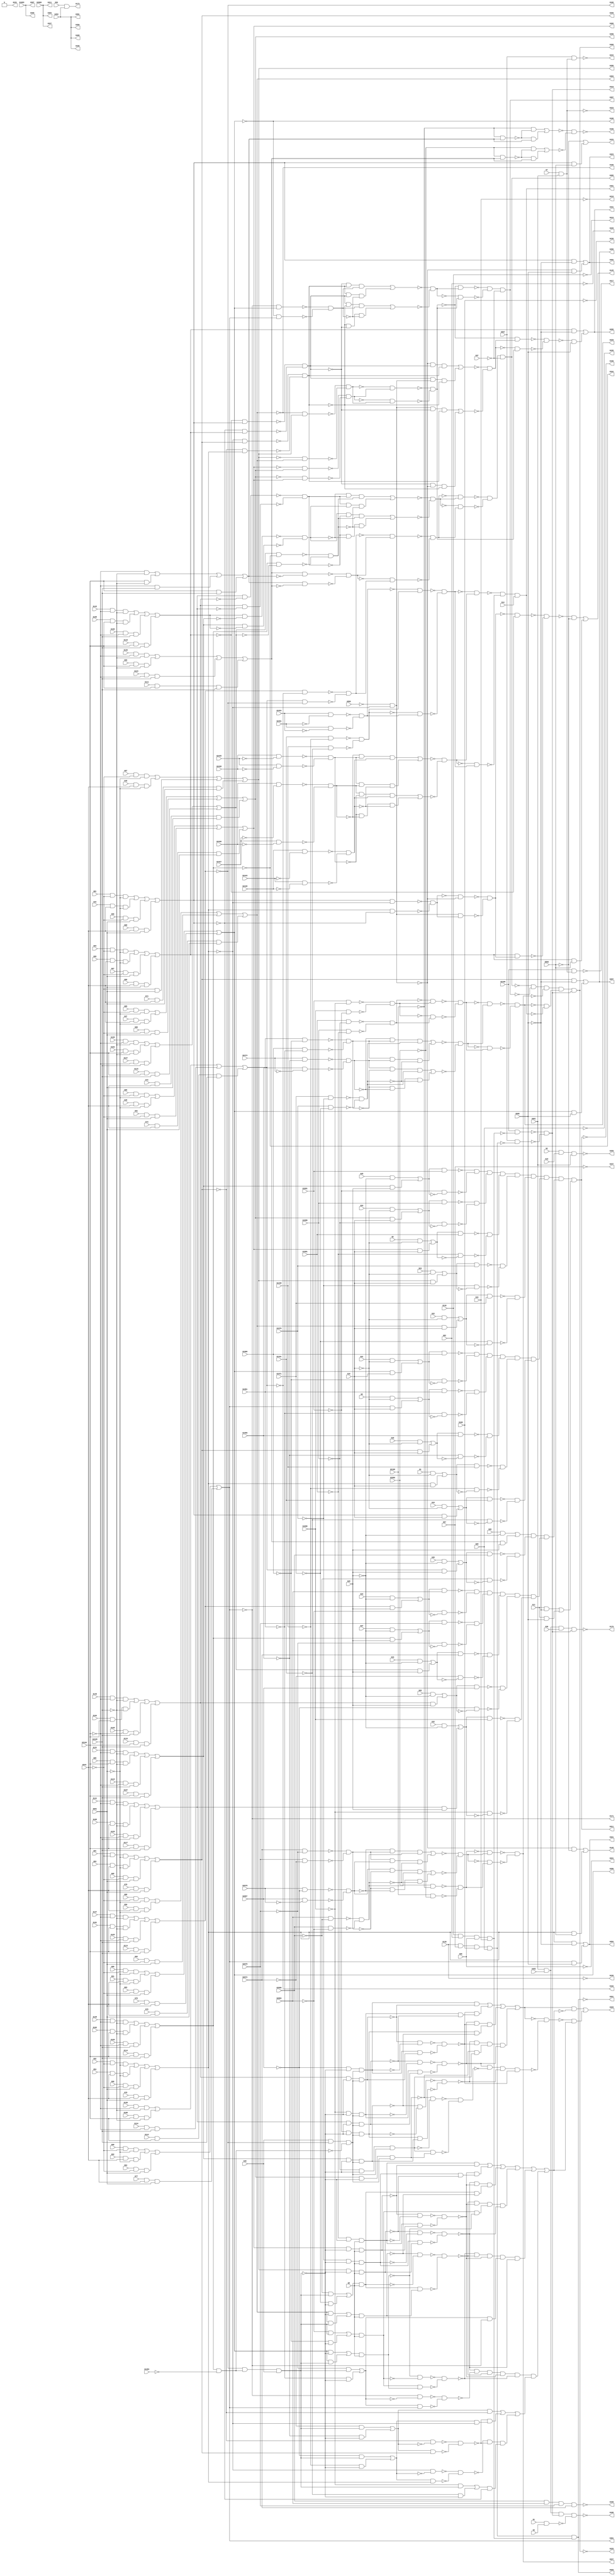
// Verilog File 
module c2670 (G1,G2,G3,G4,G5,G6,G7,G8,G11,
G14,G15,G16,G19,G20,G21,G22,G23,G24,G25,
G26,G27,G28,G29,G32,G33,G34,G35,G36,G37,
G40,G43,G44,G47,G48,G49,G50,G51,G52,G53,
G54,G55,G56,G57,G60,G61,G62,G63,G64,G65,
G66,G67,G68,G69,G72,G73,G74,G75,G76,G77,
G78,G79,G80,G81,G82,G85,G86,G87,G88,G89,
G90,G91,G92,G93,G94,G95,G96,G99,G100,G101,
G102,G103,G104,G105,G106,G107,G108,G111,G112,G113,
G114,G115,G116,G117,G118,G119,G120,G123,G124,G125,
G126,G127,G128,G129,G130,G131,G132,G135,G136,G137,
G138,G139,G140,G141,G142,G452,G483,G543,G559,G567,
G651,G661,G860,G868,G1083,G1341,G1348,G1384,G1956,G1961,
G1966,G1971,G1976,G1981,G1986,G1991,G1996,G2066,G2067,G2072,
G2078,G2084,G2090,G2096,G2100,G2104,G2105,G2106,G2427,G2430,
G2435,G2438,G2443,G2446,G2451,G2454,G2474,G2678,G350,G335,
G409,G369,G367,G411,G337,G384,G218,G219,G220,G221,
G235,G236,G237,G238,G158,G259,G391,G173,G223,G234,
G217,G325,G261,G319,G160,G162,G164,G166,G168,G171,
G153,G176,G188,G299,G301,G286,G303,G288,G305,G290,
G284,G321,G297,G280,G148,G282,G323,G156,G401,G227,
G229,G311,G150,G145,G395,G295,G331,G397,G329,G231,
G308,G225);

input G1,G2,G3,G4,G5,G6,G7,G8,G11,
G14,G15,G16,G19,G20,G21,G22,G23,G24,G25,
G26,G27,G28,G29,G32,G33,G34,G35,G36,G37,
G40,G43,G44,G47,G48,G49,G50,G51,G52,G53,
G54,G55,G56,G57,G60,G61,G62,G63,G64,G65,
G66,G67,G68,G69,G72,G73,G74,G75,G76,G77,
G78,G79,G80,G81,G82,G85,G86,G87,G88,G89,
G90,G91,G92,G93,G94,G95,G96,G99,G100,G101,
G102,G103,G104,G105,G106,G107,G108,G111,G112,G113,
G114,G115,G116,G117,G118,G119,G120,G123,G124,G125,
G126,G127,G128,G129,G130,G131,G132,G135,G136,G137,
G138,G139,G140,G141,G142,G452,G483,G543,G559,G567,
G651,G661,G860,G868,G1083,G1341,G1348,G1384,G1956,G1961,
G1966,G1971,G1976,G1981,G1986,G1991,G1996,G2066,G2067,G2072,
G2078,G2084,G2090,G2096,G2100,G2104,G2105,G2106,G2427,G2430,
G2435,G2438,G2443,G2446,G2451,G2454,G2474,G2678;

output G350,G335,G409,G369,G367,G411,G337,G384,G218,
G219,G220,G221,G235,G236,G237,G238,G158,G259,G391,
G173,G223,G234,G217,G325,G261,G319,G160,G162,G164,
G166,G168,G171,G153,G176,G188,G299,G301,G286,G303,
G288,G305,G290,G284,G321,G297,G280,G148,G282,G323,
G156,G401,G227,G229,G311,G150,G145,G395,G295,G331,
G397,G329,G231,G308,G225;

wire G546,G560,G1385,G157,G547,G258,G480,G486,G654,
G655,G658,G772,G795,G865,G875,G882,G1251,G1254,G1261,
G1284,G1344,G1351,G1394,G1418,G2433,G2434,G2441,G2442,G2449,
G2450,G2478,G1631,G1655,G1710,G1721,G2682,G1955,G1959,G1964,
G1969,G1974,G1979,G1984,G1989,G1994,G1999,G2001,G2012,G2070,
G2076,G2082,G2088,G2094,G2099,G2103,G2457,G2458,G2461,G2464,
G2471,G2479,G2482,G2487,G2490,G2495,G2498,G2505,G2508,G2675,
G2683,G2686,G2691,G2694,G2699,G2702,G487,G1475,G1476,G1484,
G1485,G1493,G1494,G2459,G2460,G216,G1253,G1256,G558,G748,
G784,G807,G821,G825,G829,G833,G837,G881,G994,G1273,
G1296,G1310,G1314,G1318,G1322,G1326,G1406,G1430,G1444,G1448,
G1452,G1456,G1460,G1477,G1486,G1495,G2477,G1499,G2485,G2486,
G2493,G2494,G1643,G1667,G1681,G1685,G1689,G1693,G1697,G1716,
G1728,G2681,G1776,G2689,G2690,G2697,G2698,G1831,G1893,G2007,
G2018,G2467,G2468,G2501,G2502,G2511,G2512,G2518,G2551,G2559,
G2567,G2575,G2583,G2591,G2599,G2607,G2615,G2623,G2705,G2706,
G2735,G2743,G2751,G2759,G2767,G2775,G550,G552,G894,G1498,
G1507,G1508,G1516,G1517,G1775,G1784,G1785,G1793,G1794,G2469,
G2470,G2503,G2504,G2513,G2514,G2707,G2708,G551,G553,G818,
G819,G820,G822,G823,G824,G826,G827,G828,G830,G831,
G832,G834,G835,G836,G1307,G1308,G1309,G1311,G1312,G1313,
G1315,G1316,G1317,G1319,G1320,G1321,G1323,G1324,G1325,G1441,
G1442,G1443,G1445,G1446,G1447,G1449,G1450,G1451,G1453,G1454,
G1455,G1457,G1458,G1459,G1481,G1490,G1500,G1509,G1518,G1521,
G1525,G2557,G2565,G2573,G2581,G2589,G2597,G2605,G2613,G2621,
G2629,G1678,G1679,G1680,G1682,G1683,G1684,G1686,G1687,G1688,
G1690,G1691,G1692,G1694,G1695,G1696,G1734,G1736,G1738,G1740,
G1742,G1744,G1746,G1748,G1750,G1777,G1786,G1795,G2023,G2025,
G2027,G2029,G2031,G2033,G2035,G2037,G2741,G2749,G2757,G2765,
G2773,G2781,G2515,G2522,G2525,G2528,G2730,G554,G838,G841,
G846,G854,G857,G1327,G1329,G1331,G1333,G1335,G1461,G1464,
G1467,G1470,G1473,G1698,G1701,G1704,G1707,G2634,G1504,G1513,
G1524,G1528,G1529,G1533,G1538,G1541,G1781,G1790,G1806,G1810,
G2734,G2521,G2524,G2531,G2532,G144,G147,G152,G175,G187,
G516,G852,G885,G887,G893,G1028,G1031,G1035,G1041,G1049,
G1057,G1060,G1066,G1072,G1078,G1213,G1218,G1250,G1387,G1389,
G1537,G1540,G1735,G1737,G1739,G1741,G1743,G1745,G1747,G1749,
G1751,G2638,G2024,G2026,G2028,G2030,G2032,G2034,G2036,G2038,
G2154,G2523,G2533,G2534,G2631,G2639,G2642,G2647,G2650,G2655,
G2658,G2665,G2668,G1532,G1536,G1539,G1542,G1544,G1547,G2065,
G1809,G1813,G1821,G1824,G2538,G2546,G2554,G2562,G2570,G2578,
G2586,G2594,G2602,G2610,G2618,G2626,G2738,G2746,G2754,G2762,
G2770,G2778,G456,G466,G562,G883,G889,G891,G1043,G1051,
G1062,G1068,G1074,G1080,G1225,G1227,G1232,G1234,G1543,G1546,
G2637,G1753,G2645,G2646,G2653,G2654,G1820,G1823,G2107,G2110,
G2118,G2123,G2151,G2158,G2161,G2164,G2172,G2235,G2262,G2350,
G2535,G2661,G2662,G2671,G2672,G468,G897,G898,G1228,G1235,
G1545,G1548,G2542,G2550,G1561,G2558,G1565,G2566,G1569,G2574,
G1573,G2582,G1577,G2590,G1581,G2598,G1585,G2606,G1589,G2614,
G1593,G2622,G1597,G2630,G1752,G1761,G1762,G1770,G1771,G1822,
G1825,G2039,G2742,G2043,G2750,G2047,G2758,G2051,G2766,G2055,
G2774,G2059,G2782,G2663,G2664,G2673,G2674,G146,G462,G2113,
G2114,G2122,G2129,G592,G2167,G2168,G2176,G2241,G2266,G743,
G749,G886,G995,G1006,G1550,G2354,G2541,G1562,G1566,G1570,
G1574,G1578,G1582,G1586,G1590,G1594,G1598,G1754,G1763,G1772,
G2040,G2044,G2048,G2052,G2056,G2060,G2115,G2126,G2131,G2134,
G2141,G2144,G2157,G2160,G2169,G2177,G2180,G2187,G2190,G2207,
G2254,G2334,G2342,G2422,G2543,G2709,G2712,G2727,G569,G570,
G599,G600,G896,G1549,G1243,G1245,G1257,G1258,G1563,G1567,
G1571,G1575,G1579,G1583,G1587,G1591,G1595,G1599,G2041,G2045,
G2049,G2053,G2057,G2061,G2159,G475,G490,G496,G502,G508,
G765,G769,G571,G2121,G579,G587,G2130,G596,G601,G2175,
G609,G2258,G1014,G1018,G717,G723,G729,G735,G753,G2338,
G999,G1091,G2346,G2426,G1337,G2549,G1552,G1600,G1596,G1592,
G1588,G1584,G1580,G1576,G1572,G1568,G1564,G2062,G2058,G2054,
G2050,G2046,G2042,G1758,G1767,G1798,G1802,G2733,G1829,G2137,
G2138,G2147,G2148,G2183,G2184,G2193,G2194,G2210,G2213,G2715,
G2716,G1094,G1096,G578,G588,G608,G742,G1005,G1092,G1551,
G1554,G1555,G1557,G1558,G1828,G1845,G1907,G2139,G2140,G2149,
G2150,G2185,G2186,G2195,G2196,G2717,G2718,G154,G155,G763,
G767,G531,G537,G575,G580,G589,G605,G610,G1012,G1016,
G705,G711,G1093,G1355,G1553,G1556,G1559,G1601,G1801,G1805,
G1815,G1818,G1830,G1836,G1850,G1898,G1912,G2197,G2200,G2214,
G2215,G2217,G2220,G2722,G492,G498,G504,G510,G519,G525,
G533,G539,G693,G699,G707,G713,G719,G725,G731,G737,
G1560,G1814,G1817,G2216,G493,G499,G505,G511,G521,G527,
G534,G540,G584,G613,G617,G621,G625,G676,G695,G701,
G708,G714,G720,G726,G732,G738,G1087,G1108,G1361,G1369,
G1373,G1377,G1607,G1615,G1619,G1623,G1816,G1819,G2726,G1842,
G1858,G1863,G1866,G1868,G1870,G1872,G1874,G1876,G1904,G1920,
G1925,G1928,G1930,G1932,G1934,G1936,G1938,G2203,G2204,G2223,
G2224,G2238,G522,G528,G696,G702,G1881,G1883,G1885,G1887,
G1889,G1891,G1943,G1945,G1947,G1949,G1951,G1953,G2205,G2206,
G2225,G2226,G2719,G616,G620,G624,G628,G630,G633,G636,
G639,G645,G2242,G675,G1107,G1368,G1371,G1375,G1614,G1617,
G1621,G1856,G1861,G1918,G1923,G2230,G2246,G2270,G2278,G2286,
G2294,G2302,G2310,G2358,G2366,G2374,G2382,G2390,G2398,G629,
G632,G635,G638,G646,G677,G1827,G907,G915,G922,G924,
G937,G946,G1109,G1125,G1133,G1140,G1142,G1155,G1164,G1378,
G1380,G1382,G1624,G1626,G1628,G2725,G1859,G1864,G1921,G1926,
G2267,G2275,G2283,G2291,G2299,G2307,G2318,G2326,G2355,G2363,
G2371,G2379,G2387,G2395,G2406,G2414,G647,G631,G634,G637,
G640,G2234,G2250,G679,G1826,G2274,G2282,G2290,G2298,G2306,
G2314,G1110,G2362,G2370,G2378,G2386,G2394,G2402,G1877,G1879,
G1939,G1941,G143,G671,G674,G686,G2273,G900,G2281,G909,
G2289,G917,G2297,G926,G2305,G929,G2313,G939,G2322,G2330,
G967,G1104,G1106,G2361,G1118,G2369,G1127,G2377,G1135,G2385,
G1144,G2393,G1147,G2401,G1157,G2410,G2418,G1184,G2227,G2243,
G2251,G2259,G2331,G2339,G2347,G2419,G687,G899,G908,G916,
G925,G928,G938,G954,G961,G1117,G1126,G1134,G1143,G1146,
G1156,G1172,G1179,G2315,G2323,G2403,G2411,G2233,G642,G2249,
G649,G2257,G665,G684,G2265,G688,G901,G910,G918,G927,
G930,G940,G2337,G963,G2345,G1099,G1115,G2353,G1119,G1128,
G1136,G1145,G1148,G1158,G2425,G1181,G641,G648,G664,G683,
G2321,G948,G2329,G956,G962,G1098,G1114,G2409,G1166,G2417,
G1174,G1180,G643,G650,G666,G681,G690,G947,G955,G964,
G968,G970,G971,G972,G978,G979,G1100,G1112,G1165,G1173,
G1182,G1185,G1187,G1188,G1189,G1195,G1196,G644,G884,G949,
G957,G969,G973,G1167,G1175,G1186,G1190,G680,G682,G895,
G1025,G1111,G1113,G685,G976,G977,G980,G981,G1116,G1193,
G1194,G1197,G1198,G982,G983,G988,G1027,G1199,G1200,G1205,
G984,G1085,G1201,G987,G990,G1204,G1207,G989,G1206,G991,
G1208,G1221,G1238,G1239,G1240,G1247,G471,G473,G1088,G1089;
buf gate_0(G350,G452);
buf gate_1(G335,G452);
buf gate_2(G409,G452);
and gate_3(G546,G1,G3);
not gate_4(G560,G559);
buf gate_5(G369,G1083);
buf gate_6(G367,G1083);
not gate_7(G1385,G1384);
buf gate_8(G411,G2066);
buf gate_9(G337,G2066);
buf gate_10(G384,G2066);
and gate_11(G157,G2090,G2084,G2078,G2072);
not gate_12(G547,G546);
not gate_13(G218,G44);
not gate_14(G219,G132);
not gate_15(G220,G82);
not gate_16(G221,G96);
not gate_17(G235,G69);
not gate_18(G236,G120);
not gate_19(G237,G57);
not gate_20(G238,G108);
and gate_21(G258,G2,G15,G661);
buf gate_22(G480,G661);
and gate_23(G486,G37,G37);
buf gate_24(G654,G452);
buf gate_25(G655,G8);
buf gate_26(G658,G8);
buf gate_27(G772,G543);
buf gate_28(G795,G651);
not gate_29(G865,G860);
not gate_30(G875,G868);
and gate_31(G882,G11,G868);
and gate_32(G1251,G132,G82,G96,G44);
and gate_33(G1254,G120,G57,G108,G69);
buf gate_34(G1261,G543);
buf gate_35(G1284,G651);
not gate_36(G1344,G1341);
not gate_37(G1351,G1348);
buf gate_38(G1394,G2104);
buf gate_39(G1418,G2105);
not gate_40(G2433,G2427);
not gate_41(G2434,G2430);
not gate_42(G2441,G2435);
not gate_43(G2442,G2438);
not gate_44(G2449,G2443);
not gate_45(G2450,G2446);
not gate_46(G2478,G2474);
buf gate_47(G1631,G2104);
buf gate_48(G1655,G2105);
buf gate_49(G1710,G16);
buf gate_50(G1721,G16);
not gate_51(G2682,G2678);
and gate_52(G1955,G7,G661);
not gate_53(G1959,G1956);
not gate_54(G1964,G1961);
not gate_55(G1969,G1966);
not gate_56(G1974,G1971);
not gate_57(G1979,G1976);
not gate_58(G1984,G1981);
not gate_59(G1989,G1986);
not gate_60(G1994,G1991);
not gate_61(G1999,G1996);
buf gate_62(G2001,G29);
buf gate_63(G2012,G29);
not gate_64(G2070,G2067);
not gate_65(G2076,G2072);
not gate_66(G2082,G2078);
not gate_67(G2088,G2084);
not gate_68(G2094,G2090);
not gate_69(G2099,G2096);
not gate_70(G2103,G2100);
not gate_71(G2457,G2451);
not gate_72(G2458,G2454);
buf gate_73(G2461,G1348);
buf gate_74(G2464,G1341);
buf gate_75(G2471,G1956);
buf gate_76(G2479,G1966);
buf gate_77(G2482,G1961);
buf gate_78(G2487,G1976);
buf gate_79(G2490,G1971);
buf gate_80(G2495,G1986);
buf gate_81(G2498,G1981);
buf gate_82(G2505,G1996);
buf gate_83(G2508,G1991);
buf gate_84(G2675,G2067);
buf gate_85(G2683,G2078);
buf gate_86(G2686,G2072);
buf gate_87(G2691,G2090);
buf gate_88(G2694,G2084);
buf gate_89(G2699,G2100);
buf gate_90(G2702,G2096);
not gate_91(G158,G157);
not gate_92(G259,G258);
not gate_93(G487,G486);
buf gate_94(G391,G654);
nand gate_95(G1475,G2430,G2433);
nand gate_96(G1476,G2427,G2434);
nand gate_97(G1484,G2438,G2441);
nand gate_98(G1485,G2435,G2442);
nand gate_99(G1493,G2446,G2449);
nand gate_100(G1494,G2443,G2450);
nand gate_101(G2459,G2454,G2457);
nand gate_102(G2460,G2451,G2458);
and gate_103(G173,G94,G654);
and gate_104(G216,G2106,G1955);
not gate_105(G223,G1955);
nand gate_106(G234,G567,G1955);
not gate_107(G1253,G1251);
not gate_108(G1256,G1254);
and gate_109(G558,G1254,G1251);
buf gate_110(G748,G655);
not gate_111(G784,G772);
not gate_112(G807,G795);
and gate_113(G821,G80,G772,G795);
and gate_114(G825,G68,G772,G795);
and gate_115(G829,G79,G772,G795);
and gate_116(G833,G78,G772,G795);
and gate_117(G837,G77,G772,G795);
and gate_118(G881,G11,G875);
buf gate_119(G994,G655);
not gate_120(G1273,G1261);
not gate_121(G1296,G1284);
and gate_122(G1310,G76,G1261,G1284);
and gate_123(G1314,G75,G1261,G1284);
and gate_124(G1318,G74,G1261,G1284);
and gate_125(G1322,G73,G1261,G1284);
and gate_126(G1326,G72,G1261,G1284);
not gate_127(G1406,G1394);
not gate_128(G1430,G1418);
and gate_129(G1444,G114,G1394,G1418);
and gate_130(G1448,G113,G1394,G1418);
and gate_131(G1452,G112,G1394,G1418);
and gate_132(G1456,G111,G1394,G1418);
and gate_133(G1460,G1394,G1418);
nand gate_134(G1477,G1475,G1476);
nand gate_135(G1486,G1484,G1485);
nand gate_136(G1495,G1493,G1494);
not gate_137(G2477,G2471);
nand gate_138(G1499,G2471,G2478);
not gate_139(G2485,G2479);
not gate_140(G2486,G2482);
not gate_141(G2493,G2487);
not gate_142(G2494,G2490);
not gate_143(G1643,G1631);
not gate_144(G1667,G1655);
and gate_145(G1681,G118,G1631,G1655);
and gate_146(G1685,G107,G1631,G1655);
and gate_147(G1689,G117,G1631,G1655);
and gate_148(G1693,G116,G1631,G1655);
and gate_149(G1697,G115,G1631,G1655);
not gate_150(G1716,G1710);
not gate_151(G1728,G1721);
not gate_152(G2681,G2675);
nand gate_153(G1776,G2675,G2682);
not gate_154(G2689,G2683);
not gate_155(G2690,G2686);
not gate_156(G2697,G2691);
not gate_157(G2698,G2694);
buf gate_158(G1831,G658);
buf gate_159(G1893,G658);
not gate_160(G2007,G2001);
not gate_161(G2018,G2012);
not gate_162(G2467,G2461);
not gate_163(G2468,G2464);
not gate_164(G2501,G2495);
not gate_165(G2502,G2498);
not gate_166(G2511,G2505);
not gate_167(G2512,G2508);
nand gate_168(G2518,G2459,G2460);
buf gate_169(G2551,G1344);
buf gate_170(G2559,G1351);
buf gate_171(G2567,G1959);
buf gate_172(G2575,G1964);
buf gate_173(G2583,G1969);
buf gate_174(G2591,G1974);
buf gate_175(G2599,G1979);
buf gate_176(G2607,G1984);
buf gate_177(G2615,G1989);
buf gate_178(G2623,G1994);
not gate_179(G2705,G2699);
not gate_180(G2706,G2702);
buf gate_181(G2735,G1999);
buf gate_182(G2743,G2070);
buf gate_183(G2751,G2076);
buf gate_184(G2759,G2082);
buf gate_185(G2767,G2088);
buf gate_186(G2775,G2094);
not gate_187(G217,G216);
and gate_188(G550,G2106,G1253);
and gate_189(G552,G567,G1256);
buf gate_190(G325,G558);
or gate_191(G894,G881,G882);
nand gate_192(G1498,G2474,G2477);
nand gate_193(G1507,G2482,G2485);
nand gate_194(G1508,G2479,G2486);
nand gate_195(G1516,G2490,G2493);
nand gate_196(G1517,G2487,G2494);
nand gate_197(G1775,G2678,G2681);
nand gate_198(G1784,G2686,G2689);
nand gate_199(G1785,G2683,G2690);
nand gate_200(G1793,G2694,G2697);
nand gate_201(G1794,G2691,G2698);
nand gate_202(G2469,G2464,G2467);
nand gate_203(G2470,G2461,G2468);
nand gate_204(G2503,G2498,G2501);
nand gate_205(G2504,G2495,G2502);
nand gate_206(G2513,G2508,G2511);
nand gate_207(G2514,G2505,G2512);
nand gate_208(G2707,G2702,G2705);
nand gate_209(G2708,G2699,G2706);
not gate_210(G261,G558);
not gate_211(G551,G550);
not gate_212(G553,G552);
and gate_213(G818,G93,G784,G807);
and gate_214(G819,G55,G772,G807);
and gate_215(G820,G67,G784,G795);
and gate_216(G822,G81,G784,G807);
and gate_217(G823,G43,G772,G807);
and gate_218(G824,G56,G784,G795);
and gate_219(G826,G92,G784,G807);
and gate_220(G827,G54,G772,G807);
and gate_221(G828,G66,G784,G795);
and gate_222(G830,G91,G784,G807);
and gate_223(G831,G53,G772,G807);
and gate_224(G832,G65,G784,G795);
and gate_225(G834,G90,G784,G807);
and gate_226(G835,G52,G772,G807);
and gate_227(G836,G64,G784,G795);
and gate_228(G1307,G89,G1273,G1296);
and gate_229(G1308,G51,G1261,G1296);
and gate_230(G1309,G63,G1273,G1284);
and gate_231(G1311,G88,G1273,G1296);
and gate_232(G1312,G50,G1261,G1296);
and gate_233(G1313,G62,G1273,G1284);
and gate_234(G1315,G87,G1273,G1296);
and gate_235(G1316,G49,G1261,G1296);
and gate_236(G1317,G1273,G1284);
and gate_237(G1319,G86,G1273,G1296);
and gate_238(G1320,G48,G1261,G1296);
and gate_239(G1321,G61,G1273,G1284);
and gate_240(G1323,G85,G1273,G1296);
and gate_241(G1324,G47,G1261,G1296);
and gate_242(G1325,G60,G1273,G1284);
and gate_243(G1441,G138,G1406,G1430);
and gate_244(G1442,G102,G1394,G1430);
and gate_245(G1443,G126,G1406,G1418);
and gate_246(G1445,G137,G1406,G1430);
and gate_247(G1446,G101,G1394,G1430);
and gate_248(G1447,G125,G1406,G1418);
and gate_249(G1449,G136,G1406,G1430);
and gate_250(G1450,G100,G1394,G1430);
and gate_251(G1451,G124,G1406,G1418);
and gate_252(G1453,G135,G1406,G1430);
and gate_253(G1454,G99,G1394,G1430);
and gate_254(G1455,G123,G1406,G1418);
and gate_255(G1457,G1406,G1430);
and gate_256(G1458,G1394,G1430);
and gate_257(G1459,G1406,G1418);
not gate_258(G1481,G1477);
not gate_259(G1490,G1486);
nand gate_260(G1500,G1498,G1499);
nand gate_261(G1509,G1507,G1508);
nand gate_262(G1518,G1516,G1517);
buf gate_263(G1521,G1495);
buf gate_264(G1525,G1495);
not gate_265(G2557,G2551);
not gate_266(G2565,G2559);
not gate_267(G2573,G2567);
not gate_268(G2581,G2575);
not gate_269(G2589,G2583);
not gate_270(G2597,G2591);
not gate_271(G2605,G2599);
not gate_272(G2613,G2607);
not gate_273(G2621,G2615);
not gate_274(G2629,G2623);
and gate_275(G1678,G142,G1643,G1667);
and gate_276(G1679,G106,G1631,G1667);
and gate_277(G1680,G130,G1643,G1655);
and gate_278(G1682,G131,G1643,G1667);
and gate_279(G1683,G95,G1631,G1667);
and gate_280(G1684,G119,G1643,G1655);
and gate_281(G1686,G141,G1643,G1667);
and gate_282(G1687,G105,G1631,G1667);
and gate_283(G1688,G129,G1643,G1655);
and gate_284(G1690,G140,G1643,G1667);
and gate_285(G1691,G104,G1631,G1667);
and gate_286(G1692,G128,G1643,G1655);
and gate_287(G1694,G139,G1643,G1667);
and gate_288(G1695,G103,G1631,G1667);
and gate_289(G1696,G127,G1643,G1655);
and gate_290(G1734,G19,G1716);
and gate_291(G1736,G4,G1716);
and gate_292(G1738,G20,G1716);
and gate_293(G1740,G5,G1716);
and gate_294(G1742,G21,G1728);
and gate_295(G1744,G22,G1728);
and gate_296(G1746,G23,G1728);
and gate_297(G1748,G6,G1728);
and gate_298(G1750,G24,G1728);
nand gate_299(G1777,G1775,G1776);
nand gate_300(G1786,G1784,G1785);
nand gate_301(G1795,G1793,G1794);
and gate_302(G2023,G25,G2007);
and gate_303(G2025,G32,G2007);
and gate_304(G2027,G26,G2007);
and gate_305(G2029,G33,G2007);
and gate_306(G2031,G27,G2018);
and gate_307(G2033,G34,G2018);
and gate_308(G2035,G35,G2018);
and gate_309(G2037,G28,G2018);
not gate_310(G2741,G2735);
not gate_311(G2749,G2743);
not gate_312(G2757,G2751);
not gate_313(G2765,G2759);
not gate_314(G2773,G2767);
not gate_315(G2781,G2775);
nand gate_316(G2515,G2469,G2470);
not gate_317(G2522,G2518);
nand gate_318(G2525,G2513,G2514);
nand gate_319(G2528,G2503,G2504);
nand gate_320(G2730,G2707,G2708);
and gate_321(G554,G551,G553);
or gate_322(G838,G818,G819,G820,G821);
or gate_323(G841,G822,G823,G824,G825);
or gate_324(G846,G826,G827,G828,G829);
or gate_325(G854,G830,G831,G832,G833);
or gate_326(G857,G834,G835,G836,G837);
or gate_327(G1327,G1307,G1308,G1309,G1310);
or gate_328(G1329,G1311,G1312,G1313,G1314);
or gate_329(G1331,G1315,G1316,G1317,G1318);
or gate_330(G1333,G1319,G1320,G1321,G1322);
or gate_331(G1335,G1323,G1324,G1325,G1326);
or gate_332(G1461,G1441,G1442,G1443,G1444);
or gate_333(G1464,G1445,G1446,G1447,G1448);
or gate_334(G1467,G1449,G1450,G1451,G1452);
or gate_335(G1470,G1453,G1454,G1455,G1456);
or gate_336(G1473,G1457,G1458,G1459,G1460);
or gate_337(G1698,G1682,G1683,G1684,G1685);
or gate_338(G1701,G1686,G1687,G1688,G1689);
or gate_339(G1704,G1690,G1691,G1692,G1693);
or gate_340(G1707,G1694,G1695,G1696,G1697);
or gate_341(G2634,G1678,G1679,G1680,G1681);
buf gate_342(G319,G554);
not gate_343(G1504,G1500);
not gate_344(G1513,G1509);
not gate_345(G1524,G1521);
not gate_346(G1528,G1525);
buf gate_347(G1529,G1518);
buf gate_348(G1533,G1518);
and gate_349(G1538,G1486,G1477,G1521);
and gate_350(G1541,G1490,G1481,G1525);
not gate_351(G1781,G1777);
not gate_352(G1790,G1786);
buf gate_353(G1806,G1795);
buf gate_354(G1810,G1795);
not gate_355(G2734,G2730);
not gate_356(G2521,G2515);
nand gate_357(G2524,G2515,G2522);
not gate_358(G2531,G2525);
not gate_359(G2532,G2528);
and gate_360(G144,G838,G860);
and gate_361(G147,G846,G860);
and gate_362(G152,G841,G860);
not gate_363(G160,G1464);
not gate_364(G162,G1467);
not gate_365(G164,G1461);
not gate_366(G166,G1329);
not gate_367(G168,G1327);
not gate_368(G171,G857);
and gate_369(G175,G480,G483,G36,G554);
and gate_370(G187,G480,G483,G554,G547);
buf gate_371(G516,G838);
not gate_372(G852,G846);
and gate_373(G885,G841,G875);
and gate_374(G887,G846,G875);
and gate_375(G893,G1327,G868);
not gate_376(G1028,G838);
not gate_377(G1031,G841);
not gate_378(G1035,G846);
buf gate_379(G1041,G854);
buf gate_380(G1049,G857);
buf gate_381(G1057,G1327);
buf gate_382(G1060,G1329);
buf gate_383(G1066,G1331);
buf gate_384(G1072,G1333);
buf gate_385(G1078,G1335);
nand gate_386(G1213,G2099,G1470);
nand gate_387(G1218,G2103,G1473);
buf gate_388(G1250,G1704);
and gate_389(G1387,G1461,G1385);
not gate_390(G1389,G1464);
and gate_391(G1537,G1481,G1486,G1524);
and gate_392(G1540,G1477,G1490,G1528);
and gate_393(G1735,G841,G1710);
and gate_394(G1737,G846,G1710);
and gate_395(G1739,G854,G1710);
and gate_396(G1741,G857,G1710);
and gate_397(G1743,G1327,G1721);
and gate_398(G1745,G1329,G1721);
and gate_399(G1747,G1331,G1721);
and gate_400(G1749,G1333,G1721);
and gate_401(G1751,G1335,G1721);
not gate_402(G2638,G2634);
and gate_403(G2024,G1698,G2001);
and gate_404(G2026,G1701,G2001);
and gate_405(G2028,G1704,G2001);
and gate_406(G2030,G1707,G2001);
and gate_407(G2032,G1461,G2012);
and gate_408(G2034,G1464,G2012);
and gate_409(G2036,G1467,G2012);
and gate_410(G2038,G1470,G2012);
buf gate_411(G2154,G841);
nand gate_412(G2523,G2518,G2521);
nand gate_413(G2533,G2528,G2531);
nand gate_414(G2534,G2525,G2532);
buf gate_415(G2631,G1698);
buf gate_416(G2639,G1704);
buf gate_417(G2642,G1701);
buf gate_418(G2647,G1461);
buf gate_419(G2650,G1707);
buf gate_420(G2655,G1467);
buf gate_421(G2658,G1464);
buf gate_422(G2665,G1473);
buf gate_423(G2668,G1470);
or gate_424(G153,G865,G152);
not gate_425(G176,G175);
not gate_426(G188,G187);
buf gate_427(G299,G1041);
buf gate_428(G301,G1049);
buf gate_429(G286,G1057);
buf gate_430(G303,G1060);
buf gate_431(G288,G1066);
buf gate_432(G305,G1072);
buf gate_433(G290,G1078);
not gate_434(G1532,G1529);
not gate_435(G1536,G1533);
nor gate_436(G1539,G1537,G1538);
nor gate_437(G1542,G1540,G1541);
and gate_438(G1544,G1509,G1500,G1529);
and gate_439(G1547,G1513,G1504,G1533);
or gate_440(G2065,G2037,G2038);
not gate_441(G1809,G1806);
not gate_442(G1813,G1810);
and gate_443(G1821,G1786,G1777,G1806);
and gate_444(G1824,G1790,G1781,G1810);
nand gate_445(G2538,G2523,G2524);
nand gate_446(G2546,G2533,G2534);
or gate_447(G2554,G1734,G1735);
or gate_448(G2562,G1736,G1737);
or gate_449(G2570,G1738,G1739);
or gate_450(G2578,G1740,G1741);
or gate_451(G2586,G1742,G1743);
or gate_452(G2594,G1744,G1745);
or gate_453(G2602,G1746,G1747);
or gate_454(G2610,G1748,G1749);
or gate_455(G2618,G1750,G1751);
or gate_456(G2626,G2023,G2024);
or gate_457(G2738,G2025,G2026);
or gate_458(G2746,G2027,G2028);
or gate_459(G2754,G2029,G2030);
or gate_460(G2762,G2031,G2032);
or gate_461(G2770,G2033,G2034);
or gate_462(G2778,G2035,G2036);
and gate_463(G456,G1389,G1387,G40);
not gate_464(G466,G1387);
nand gate_465(G562,G560,G852);
and gate_466(G883,G516,G875);
and gate_467(G889,G1049,G868);
and gate_468(G891,G1041,G875);
not gate_469(G1043,G1041);
not gate_470(G1051,G1049);
not gate_471(G1062,G1060);
not gate_472(G1068,G1066);
not gate_473(G1074,G1072);
not gate_474(G1080,G1078);
and gate_475(G1225,G2099,G1213);
and gate_476(G1227,G1213,G1470);
and gate_477(G1232,G2103,G1218);
and gate_478(G1234,G1218,G1473);
and gate_479(G1543,G1504,G1509,G1532);
and gate_480(G1546,G1500,G1513,G1536);
not gate_481(G2637,G2631);
nand gate_482(G1753,G2631,G2638);
not gate_483(G2645,G2639);
not gate_484(G2646,G2642);
not gate_485(G2653,G2647);
not gate_486(G2654,G2650);
and gate_487(G1820,G1781,G1786,G1809);
and gate_488(G1823,G1777,G1790,G1813);
buf gate_489(G2107,G1031);
buf gate_490(G2110,G1028);
buf gate_491(G2118,G1035);
not gate_492(G2123,G1057);
not gate_493(G2151,G852);
not gate_494(G2158,G2154);
buf gate_495(G2161,G1031);
buf gate_496(G2164,G1028);
buf gate_497(G2172,G1035);
buf gate_498(G2235,G516);
buf gate_499(G2262,G1035);
buf gate_500(G2350,G1035);
nand gate_501(G2535,G1542,G1539);
not gate_502(G2661,G2655);
not gate_503(G2662,G2658);
not gate_504(G2671,G2665);
not gate_505(G2672,G2668);
and gate_506(G468,G40,G1389,G466);
or gate_507(G897,G887,G889);
or gate_508(G898,G891,G893);
or gate_509(G1228,G1225,G1227);
or gate_510(G1235,G1232,G1234);
nor gate_511(G1545,G1543,G1544);
nor gate_512(G1548,G1546,G1547);
not gate_513(G2542,G2538);
not gate_514(G2550,G2546);
nand gate_515(G1561,G2554,G2557);
not gate_516(G2558,G2554);
nand gate_517(G1565,G2562,G2565);
not gate_518(G2566,G2562);
nand gate_519(G1569,G2570,G2573);
not gate_520(G2574,G2570);
nand gate_521(G1573,G2578,G2581);
not gate_522(G2582,G2578);
nand gate_523(G1577,G2586,G2589);
not gate_524(G2590,G2586);
nand gate_525(G1581,G2594,G2597);
not gate_526(G2598,G2594);
nand gate_527(G1585,G2602,G2605);
not gate_528(G2606,G2602);
nand gate_529(G1589,G2610,G2613);
not gate_530(G2614,G2610);
nand gate_531(G1593,G2618,G2621);
not gate_532(G2622,G2618);
nand gate_533(G1597,G2626,G2629);
not gate_534(G2630,G2626);
nand gate_535(G1752,G2634,G2637);
nand gate_536(G1761,G2642,G2645);
nand gate_537(G1762,G2639,G2646);
nand gate_538(G1770,G2650,G2653);
nand gate_539(G1771,G2647,G2654);
nor gate_540(G1822,G1820,G1821);
nor gate_541(G1825,G1823,G1824);
nand gate_542(G2039,G2738,G2741);
not gate_543(G2742,G2738);
nand gate_544(G2043,G2746,G2749);
not gate_545(G2750,G2746);
nand gate_546(G2047,G2754,G2757);
not gate_547(G2758,G2754);
nand gate_548(G2051,G2762,G2765);
not gate_549(G2766,G2762);
nand gate_550(G2055,G2770,G2773);
not gate_551(G2774,G2770);
nand gate_552(G2059,G2778,G2781);
not gate_553(G2782,G2778);
nand gate_554(G2663,G2658,G2661);
nand gate_555(G2664,G2655,G2662);
nand gate_556(G2673,G2668,G2671);
nand gate_557(G2674,G2665,G2672);
and gate_558(G146,G562,G865);
not gate_559(G462,G456);
not gate_560(G2113,G2107);
not gate_561(G2114,G2110);
not gate_562(G2122,G2118);
not gate_563(G2129,G2123);
buf gate_564(G592,G562);
not gate_565(G2167,G2161);
not gate_566(G2168,G2164);
not gate_567(G2176,G2172);
not gate_568(G2241,G2235);
not gate_569(G2266,G2262);
not gate_570(G743,G456);
buf gate_571(G749,G456);
and gate_572(G886,G562,G868);
buf gate_573(G284,G897);
buf gate_574(G321,G897);
buf gate_575(G297,G898);
buf gate_576(G280,G898);
buf gate_577(G995,G456);
not gate_578(G1006,G456);
nand gate_579(G1550,G2535,G2542);
not gate_580(G2354,G2350);
not gate_581(G2541,G2535);
nand gate_582(G1562,G2551,G2558);
nand gate_583(G1566,G2559,G2566);
nand gate_584(G1570,G2567,G2574);
nand gate_585(G1574,G2575,G2582);
nand gate_586(G1578,G2583,G2590);
nand gate_587(G1582,G2591,G2598);
nand gate_588(G1586,G2599,G2606);
nand gate_589(G1590,G2607,G2614);
nand gate_590(G1594,G2615,G2622);
nand gate_591(G1598,G2623,G2630);
nand gate_592(G1754,G1752,G1753);
nand gate_593(G1763,G1761,G1762);
nand gate_594(G1772,G1770,G1771);
nand gate_595(G2040,G2735,G2742);
nand gate_596(G2044,G2743,G2750);
nand gate_597(G2048,G2751,G2758);
nand gate_598(G2052,G2759,G2766);
nand gate_599(G2056,G2767,G2774);
nand gate_600(G2060,G2775,G2782);
buf gate_601(G2115,G1043);
buf gate_602(G2126,G1051);
buf gate_603(G2131,G1068);
buf gate_604(G2134,G1062);
buf gate_605(G2141,G1080);
buf gate_606(G2144,G1074);
not gate_607(G2157,G2151);
nand gate_608(G2160,G2151,G2158);
buf gate_609(G2169,G1043);
buf gate_610(G2177,G1068);
buf gate_611(G2180,G1062);
buf gate_612(G2187,G1080);
buf gate_613(G2190,G1074);
not gate_614(G2207,G562);
buf gate_615(G2254,G1043);
buf gate_616(G2334,G1051);
buf gate_617(G2342,G1043);
buf gate_618(G2422,G1051);
nand gate_619(G2543,G1548,G1545);
nand gate_620(G2709,G2673,G2674);
nand gate_621(G2712,G2663,G2664);
nand gate_622(G2727,G1825,G1822);
or gate_623(G148,G146,G147);
nand gate_624(G569,G2110,G2113);
nand gate_625(G570,G2107,G2114);
nand gate_626(G599,G2164,G2167);
nand gate_627(G600,G2161,G2168);
or gate_628(G896,G885,G886);
nand gate_629(G1549,G2538,G2541);
not gate_630(G1243,G1228);
not gate_631(G1245,G1235);
buf gate_632(G1257,G468);
buf gate_633(G1258,G468);
nand gate_634(G1563,G1561,G1562);
nand gate_635(G1567,G1565,G1566);
nand gate_636(G1571,G1569,G1570);
nand gate_637(G1575,G1573,G1574);
nand gate_638(G1579,G1577,G1578);
nand gate_639(G1583,G1581,G1582);
nand gate_640(G1587,G1585,G1586);
nand gate_641(G1591,G1589,G1590);
nand gate_642(G1595,G1593,G1594);
nand gate_643(G1599,G1597,G1598);
nand gate_644(G2041,G2039,G2040);
nand gate_645(G2045,G2043,G2044);
nand gate_646(G2049,G2047,G2048);
nand gate_647(G2053,G2051,G2052);
nand gate_648(G2057,G2055,G2056);
nand gate_649(G2061,G2059,G2060);
nand gate_650(G2159,G2154,G2157);
buf gate_651(G475,G462);
and gate_652(G490,G1078,G743);
and gate_653(G496,G1698,G743);
and gate_654(G502,G1701,G743);
and gate_655(G508,G1250,G743);
and gate_656(G765,G1057,G749);
and gate_657(G769,G1060,G749);
nand gate_658(G571,G569,G570);
not gate_659(G2121,G2115);
nand gate_660(G579,G2115,G2122);
nand gate_661(G587,G2126,G2129);
not gate_662(G2130,G2126);
not gate_663(G596,G592);
nand gate_664(G601,G599,G600);
not gate_665(G2175,G2169);
nand gate_666(G609,G2169,G2176);
not gate_667(G2258,G2254);
and gate_668(G1014,G1057,G995);
and gate_669(G1018,G1060,G995);
and gate_670(G717,G1078,G1006);
and gate_671(G723,G1698,G1006);
and gate_672(G729,G1701,G1006);
and gate_673(G735,G1250,G1006);
not gate_674(G753,G749);
buf gate_675(G282,G896);
buf gate_676(G323,G896);
not gate_677(G2338,G2334);
not gate_678(G999,G995);
nand gate_679(G1091,G1549,G1550);
not gate_680(G2346,G2342);
not gate_681(G2426,G2422);
buf gate_682(G1337,G462);
not gate_683(G2549,G2543);
nand gate_684(G1552,G2543,G2550);
not gate_685(G1600,G1599);
not gate_686(G1596,G1595);
not gate_687(G1592,G1591);
not gate_688(G1588,G1587);
not gate_689(G1584,G1583);
not gate_690(G1580,G1579);
not gate_691(G1576,G1575);
not gate_692(G1572,G1571);
not gate_693(G1568,G1567);
not gate_694(G1564,G1563);
not gate_695(G2062,G2061);
not gate_696(G2058,G2057);
not gate_697(G2054,G2053);
not gate_698(G2050,G2049);
not gate_699(G2046,G2045);
not gate_700(G2042,G2041);
not gate_701(G1758,G1754);
not gate_702(G1767,G1763);
buf gate_703(G1798,G1772);
buf gate_704(G1802,G1772);
not gate_705(G2733,G2727);
nand gate_706(G1829,G2727,G2734);
not gate_707(G2137,G2131);
not gate_708(G2138,G2134);
not gate_709(G2147,G2141);
not gate_710(G2148,G2144);
not gate_711(G2183,G2177);
not gate_712(G2184,G2180);
not gate_713(G2193,G2187);
not gate_714(G2194,G2190);
nand gate_715(G2210,G2159,G2160);
not gate_716(G2213,G2207);
not gate_717(G2715,G2709);
not gate_718(G2716,G2712);
and gate_719(G1094,G1235,G1245);
and gate_720(G1096,G1228,G1243);
nand gate_721(G578,G2118,G2121);
nand gate_722(G588,G2123,G2130);
nand gate_723(G608,G2172,G2175);
buf gate_724(G742,G1257);
buf gate_725(G1005,G1257);
not gate_726(G1092,G1091);
nand gate_727(G1551,G2546,G2549);
and gate_728(G1554,G1600,G1596,G1592,G1588,G1584);
and gate_729(G1555,G1580,G1576,G1572,G1568,G1564);
and gate_730(G1557,G2065,G2062);
and gate_731(G1558,G2058,G2054,G2050,G2046,G2042);
nand gate_732(G1828,G2730,G2733);
buf gate_733(G1845,G1258);
buf gate_734(G1907,G1258);
nand gate_735(G2139,G2134,G2137);
nand gate_736(G2140,G2131,G2138);
nand gate_737(G2149,G2144,G2147);
nand gate_738(G2150,G2141,G2148);
nand gate_739(G2185,G2180,G2183);
nand gate_740(G2186,G2177,G2184);
nand gate_741(G2195,G2190,G2193);
nand gate_742(G2196,G2187,G2194);
nand gate_743(G2717,G2712,G2715);
nand gate_744(G2718,G2709,G2716);
or gate_745(G154,G1094,G1245);
or gate_746(G155,G1096,G1243);
and gate_747(G763,G1057,G753);
and gate_748(G767,G1060,G753);
and gate_749(G531,G1066,G753);
and gate_750(G537,G1072,G753);
not gate_751(G575,G571);
nand gate_752(G580,G578,G579);
nand gate_753(G589,G587,G588);
not gate_754(G605,G601);
nand gate_755(G610,G608,G609);
and gate_756(G1012,G1057,G999);
and gate_757(G1016,G1060,G999);
and gate_758(G705,G1066,G999);
and gate_759(G711,G1072,G999);
and gate_760(G1093,G1092,G14);
buf gate_761(G1355,G475);
nand gate_762(G1553,G1551,G1552);
and gate_763(G1556,G1554,G1555);
and gate_764(G1559,G1557,G1558);
buf gate_765(G1601,G1337);
not gate_766(G1801,G1798);
not gate_767(G1805,G1802);
and gate_768(G1815,G1763,G1754,G1798);
and gate_769(G1818,G1767,G1758,G1802);
nand gate_770(G1830,G1828,G1829);
buf gate_771(G1836,G475);
buf gate_772(G1850,G475);
buf gate_773(G1898,G1337);
buf gate_774(G1912,G1337);
nand gate_775(G2197,G2149,G2150);
nand gate_776(G2200,G2139,G2140);
not gate_777(G2214,G2210);
nand gate_778(G2215,G2210,G2213);
nand gate_779(G2217,G2195,G2196);
nand gate_780(G2220,G2185,G2186);
nand gate_781(G2722,G2717,G2718);
nand gate_782(G156,G154,G155);
and gate_783(G492,G490,G742);
and gate_784(G498,G496,G742);
and gate_785(G504,G502,G742);
and gate_786(G510,G508,G742);
or gate_787(G519,G763,G765);
or gate_788(G525,G767,G769);
and gate_789(G533,G531,G748);
and gate_790(G539,G537,G748);
or gate_791(G693,G1012,G1014);
or gate_792(G699,G1016,G1018);
and gate_793(G707,G705,G994);
and gate_794(G713,G711,G994);
and gate_795(G719,G717,G1005);
and gate_796(G725,G723,G1005);
and gate_797(G731,G729,G1005);
and gate_798(G737,G735,G1005);
buf gate_799(G401,G1093);
and gate_800(G1560,G1556,G1559,G894);
and gate_801(G1814,G1758,G1763,G1801);
and gate_802(G1817,G1754,G1767,G1805);
nand gate_803(G2216,G2207,G2214);
not gate_804(G227,G1830);
not gate_805(G229,G1553);
not gate_806(G493,G492);
not gate_807(G499,G498);
not gate_808(G505,G504);
not gate_809(G511,G510);
and gate_810(G521,G519,G748);
and gate_811(G527,G525,G748);
not gate_812(G534,G533);
not gate_813(G540,G539);
not gate_814(G584,G580);
buf gate_815(G613,G589);
buf gate_816(G617,G589);
buf gate_817(G621,G610);
buf gate_818(G625,G610);
and gate_819(G676,G1344,G1355);
and gate_820(G695,G693,G994);
and gate_821(G701,G699,G994);
not gate_822(G708,G707);
not gate_823(G714,G713);
not gate_824(G720,G719);
not gate_825(G726,G725);
not gate_826(G732,G731);
not gate_827(G738,G737);
not gate_828(G1087,G1093);
and gate_829(G1108,G1344,G1601);
not gate_830(G1361,G1355);
and gate_831(G1369,G1351,G1355);
and gate_832(G1373,G1959,G1355);
and gate_833(G1377,G1964,G1355);
buf gate_834(G311,G1560);
not gate_835(G1607,G1601);
and gate_836(G1615,G1351,G1601);
and gate_837(G1619,G1959,G1601);
and gate_838(G1623,G1964,G1601);
nor gate_839(G1816,G1814,G1815);
nor gate_840(G1819,G1817,G1818);
not gate_841(G2726,G2722);
not gate_842(G1842,G1836);
and gate_843(G1858,G1969,G1836);
and gate_844(G1863,G1974,G1836);
and gate_845(G1866,G1979,G1836);
and gate_846(G1868,G1984,G1836);
and gate_847(G1870,G1989,G1850);
and gate_848(G1872,G1994,G1850);
and gate_849(G1874,G1999,G1850);
and gate_850(G1876,G2070,G1850);
not gate_851(G1904,G1898);
and gate_852(G1920,G1969,G1898);
and gate_853(G1925,G1974,G1898);
and gate_854(G1928,G1979,G1898);
and gate_855(G1930,G1984,G1898);
and gate_856(G1932,G1989,G1912);
and gate_857(G1934,G1994,G1912);
and gate_858(G1936,G1999,G1912);
and gate_859(G1938,G2070,G1912);
not gate_860(G2203,G2197);
not gate_861(G2204,G2200);
not gate_862(G2223,G2217);
not gate_863(G2224,G2220);
nand gate_864(G2238,G2215,G2216);
not gate_865(G150,G1560);
not gate_866(G522,G521);
not gate_867(G528,G527);
not gate_868(G696,G695);
not gate_869(G702,G701);
and gate_870(G1881,G1866,G1831);
and gate_871(G1883,G1868,G1831);
and gate_872(G1885,G1870,G1845);
and gate_873(G1887,G1872,G1845);
and gate_874(G1889,G1874,G1845);
and gate_875(G1891,G1876,G1845);
and gate_876(G1943,G1928,G1893);
and gate_877(G1945,G1930,G1893);
and gate_878(G1947,G1932,G1907);
and gate_879(G1949,G1934,G1907);
and gate_880(G1951,G1936,G1907);
and gate_881(G1953,G1938,G1907);
nand gate_882(G2205,G2200,G2203);
nand gate_883(G2206,G2197,G2204);
nand gate_884(G2225,G2220,G2223);
nand gate_885(G2226,G2217,G2224);
nand gate_886(G2719,G1819,G1816);
not gate_887(G616,G613);
not gate_888(G620,G617);
not gate_889(G624,G621);
not gate_890(G628,G625);
and gate_891(G630,G580,G571,G613);
and gate_892(G633,G584,G575,G617);
and gate_893(G636,G601,G592,G621);
and gate_894(G639,G605,G596,G625);
nand gate_895(G645,G2238,G2241);
not gate_896(G2242,G2238);
and gate_897(G675,G1999,G1361);
and gate_898(G1107,G1999,G1607);
and gate_899(G1368,G2070,G1361);
and gate_900(G1371,G2076,G1361);
and gate_901(G1375,G2082,G1361);
and gate_902(G1614,G2070,G1607);
and gate_903(G1617,G2076,G1607);
and gate_904(G1621,G2082,G1607);
and gate_905(G1856,G2088,G1842);
and gate_906(G1861,G2094,G1842);
and gate_907(G1918,G2088,G1904);
and gate_908(G1923,G2094,G1904);
nand gate_909(G2230,G2205,G2206);
nand gate_910(G2246,G2225,G2226);
buf gate_911(G2270,G511);
buf gate_912(G2278,G505);
buf gate_913(G2286,G499);
buf gate_914(G2294,G493);
buf gate_915(G2302,G540);
buf gate_916(G2310,G534);
buf gate_917(G2358,G738);
buf gate_918(G2366,G732);
buf gate_919(G2374,G726);
buf gate_920(G2382,G720);
buf gate_921(G2390,G714);
buf gate_922(G2398,G708);
and gate_923(G629,G575,G580,G616);
and gate_924(G632,G571,G584,G620);
and gate_925(G635,G596,G601,G624);
and gate_926(G638,G592,G605,G628);
nand gate_927(G646,G2235,G2242);
or gate_928(G677,G675,G676);
nand gate_929(G1827,G2719,G2726);
and gate_930(G907,G1891,G511);
and gate_931(G915,G1889,G505);
and gate_932(G922,G1887,G499);
and gate_933(G924,G493,G1885);
and gate_934(G937,G1883,G540);
and gate_935(G946,G1881,G534);
or gate_936(G1109,G1107,G1108);
and gate_937(G1125,G1953,G738);
and gate_938(G1133,G1951,G732);
and gate_939(G1140,G1949,G726);
and gate_940(G1142,G720,G1947);
and gate_941(G1155,G1945,G714);
and gate_942(G1164,G1943,G708);
or gate_943(G1378,G1368,G1369);
or gate_944(G1380,G1371,G1373);
or gate_945(G1382,G1375,G1377);
or gate_946(G1624,G1614,G1615);
or gate_947(G1626,G1617,G1619);
or gate_948(G1628,G1621,G1623);
not gate_949(G2725,G2719);
or gate_950(G1859,G1856,G1858);
or gate_951(G1864,G1861,G1863);
or gate_952(G1921,G1918,G1920);
or gate_953(G1926,G1923,G1925);
buf gate_954(G2267,G1891);
buf gate_955(G2275,G1889);
buf gate_956(G2283,G1887);
buf gate_957(G2291,G1885);
buf gate_958(G2299,G1883);
buf gate_959(G2307,G1881);
buf gate_960(G2318,G528);
buf gate_961(G2326,G522);
buf gate_962(G2355,G1953);
buf gate_963(G2363,G1951);
buf gate_964(G2371,G1949);
buf gate_965(G2379,G1947);
buf gate_966(G2387,G1945);
buf gate_967(G2395,G1943);
buf gate_968(G2406,G702);
buf gate_969(G2414,G696);
nand gate_970(G647,G645,G646);
nor gate_971(G631,G629,G630);
nor gate_972(G634,G632,G633);
nor gate_973(G637,G635,G636);
nor gate_974(G640,G638,G639);
not gate_975(G2234,G2230);
not gate_976(G2250,G2246);
and gate_977(G679,G677,G1031);
nand gate_978(G1826,G2722,G2725);
not gate_979(G2274,G2270);
not gate_980(G2282,G2278);
not gate_981(G2290,G2286);
not gate_982(G2298,G2294);
not gate_983(G2306,G2302);
not gate_984(G2314,G2310);
and gate_985(G1110,G1109,G1031);
not gate_986(G2362,G2358);
not gate_987(G2370,G2366);
not gate_988(G2378,G2374);
not gate_989(G2386,G2382);
not gate_990(G2394,G2390);
not gate_991(G2402,G2398);
and gate_992(G1877,G1859,G1831);
and gate_993(G1879,G1864,G1831);
and gate_994(G1939,G1921,G1893);
and gate_995(G1941,G1926,G1893);
and gate_996(G143,G647,G865);
and gate_997(G671,G1380,G1043);
and gate_998(G674,G1378,G1035);
nand gate_999(G686,G1826,G1827);
not gate_1000(G2273,G2267);
nand gate_1001(G900,G2267,G2274);
not gate_1002(G2281,G2275);
nand gate_1003(G909,G2275,G2282);
not gate_1004(G2289,G2283);
nand gate_1005(G917,G2283,G2290);
not gate_1006(G2297,G2291);
nand gate_1007(G926,G2291,G2298);
not gate_1008(G2305,G2299);
nand gate_1009(G929,G2299,G2306);
not gate_1010(G2313,G2307);
nand gate_1011(G939,G2307,G2314);
not gate_1012(G2322,G2318);
not gate_1013(G2330,G2326);
and gate_1014(G967,G1382,G1051);
and gate_1015(G1104,G1626,G1043);
and gate_1016(G1106,G1624,G1035);
not gate_1017(G2361,G2355);
nand gate_1018(G1118,G2355,G2362);
not gate_1019(G2369,G2363);
nand gate_1020(G1127,G2363,G2370);
not gate_1021(G2377,G2371);
nand gate_1022(G1135,G2371,G2378);
not gate_1023(G2385,G2379);
nand gate_1024(G1144,G2379,G2386);
not gate_1025(G2393,G2387);
nand gate_1026(G1147,G2387,G2394);
not gate_1027(G2401,G2395);
nand gate_1028(G1157,G2395,G2402);
not gate_1029(G2410,G2406);
not gate_1030(G2418,G2414);
and gate_1031(G1184,G1628,G1051);
nand gate_1032(G2227,G634,G631);
nand gate_1033(G2243,G640,G637);
buf gate_1034(G2251,G1380);
buf gate_1035(G2259,G1378);
buf gate_1036(G2331,G1382);
buf gate_1037(G2339,G1626);
buf gate_1038(G2347,G1624);
buf gate_1039(G2419,G1628);
or gate_1040(G145,G143,G144);
not gate_1041(G687,G686);
nand gate_1042(G899,G2270,G2273);
nand gate_1043(G908,G2278,G2281);
nand gate_1044(G916,G2286,G2289);
nand gate_1045(G925,G2294,G2297);
nand gate_1046(G928,G2302,G2305);
nand gate_1047(G938,G2310,G2313);
and gate_1048(G954,G1879,G528);
and gate_1049(G961,G1877,G522);
nand gate_1050(G1117,G2358,G2361);
nand gate_1051(G1126,G2366,G2369);
nand gate_1052(G1134,G2374,G2377);
nand gate_1053(G1143,G2382,G2385);
nand gate_1054(G1146,G2390,G2393);
nand gate_1055(G1156,G2398,G2401);
and gate_1056(G1172,G1941,G702);
and gate_1057(G1179,G1939,G696);
buf gate_1058(G2315,G1879);
buf gate_1059(G2323,G1877);
buf gate_1060(G2403,G1941);
buf gate_1061(G2411,G1939);
not gate_1062(G2233,G2227);
nand gate_1063(G642,G2227,G2234);
not gate_1064(G2249,G2243);
nand gate_1065(G649,G2243,G2250);
not gate_1066(G2257,G2251);
nand gate_1067(G665,G2251,G2258);
nand gate_1068(G684,G2259,G2266);
not gate_1069(G2265,G2259);
and gate_1070(G688,G687,G487);
nand gate_1071(G901,G899,G900);
nand gate_1072(G910,G908,G909);
nand gate_1073(G918,G916,G917);
nand gate_1074(G927,G925,G926);
nand gate_1075(G930,G928,G929);
nand gate_1076(G940,G938,G939);
not gate_1077(G2337,G2331);
nand gate_1078(G963,G2331,G2338);
not gate_1079(G2345,G2339);
nand gate_1080(G1099,G2339,G2346);
nand gate_1081(G1115,G2347,G2354);
not gate_1082(G2353,G2347);
nand gate_1083(G1119,G1117,G1118);
nand gate_1084(G1128,G1126,G1127);
nand gate_1085(G1136,G1134,G1135);
nand gate_1086(G1145,G1143,G1144);
nand gate_1087(G1148,G1146,G1147);
nand gate_1088(G1158,G1156,G1157);
not gate_1089(G2425,G2419);
nand gate_1090(G1181,G2419,G2426);
nand gate_1091(G641,G2230,G2233);
nand gate_1092(G648,G2246,G2249);
nand gate_1093(G664,G2254,G2257);
nand gate_1094(G683,G2262,G2265);
buf gate_1095(G395,G688);
not gate_1096(G2321,G2315);
nand gate_1097(G948,G2315,G2322);
not gate_1098(G2329,G2323);
nand gate_1099(G956,G2323,G2330);
nand gate_1100(G962,G2334,G2337);
nand gate_1101(G1098,G2342,G2345);
nand gate_1102(G1114,G2350,G2353);
not gate_1103(G2409,G2403);
nand gate_1104(G1166,G2403,G2410);
not gate_1105(G2417,G2411);
nand gate_1106(G1174,G2411,G2418);
nand gate_1107(G1180,G2422,G2425);
nand gate_1108(G643,G641,G642);
nand gate_1109(G650,G648,G649);
nand gate_1110(G666,G664,G665);
nand gate_1111(G681,G683,G684);
not gate_1112(G690,G688);
nand gate_1113(G947,G2318,G2321);
nand gate_1114(G955,G2326,G2329);
nand gate_1115(G964,G962,G963);
and gate_1116(G968,G910,G927,G918,G901);
and gate_1117(G970,G901,G915);
and gate_1118(G971,G910,G901,G922);
and gate_1119(G972,G918,G901,G924,G910);
and gate_1120(G978,G930,G946);
and gate_1121(G979,G940,G930,G954);
nand gate_1122(G1100,G1098,G1099);
nand gate_1123(G1112,G1114,G1115);
nand gate_1124(G1165,G2406,G2409);
nand gate_1125(G1173,G2414,G2417);
nand gate_1126(G1182,G1180,G1181);
and gate_1127(G1185,G1128,G1145,G1136,G1119);
and gate_1128(G1187,G1119,G1133);
and gate_1129(G1188,G1128,G1119,G1140);
and gate_1130(G1189,G1136,G1119,G1142,G1128);
and gate_1131(G1195,G1148,G1164);
and gate_1132(G1196,G1158,G1148,G1172);
not gate_1133(G644,G643);
and gate_1134(G884,G650,G868);
nand gate_1135(G949,G947,G948);
nand gate_1136(G957,G955,G956);
not gate_1137(G969,G968);
or gate_1138(G973,G907,G970,G971,G972);
nand gate_1139(G1167,G1165,G1166);
nand gate_1140(G1175,G1173,G1174);
not gate_1141(G1186,G1185);
or gate_1142(G1190,G1125,G1187,G1188,G1189);
and gate_1143(G680,G666,G674);
and gate_1144(G682,G681,G666,G679);
or gate_1145(G895,G883,G884);
and gate_1146(G1025,G644,G487);
and gate_1147(G1111,G1100,G1106);
and gate_1148(G1113,G1112,G1100,G1110);
or gate_1149(G685,G671,G680,G682);
buf gate_1150(G295,G895);
buf gate_1151(G331,G895);
not gate_1152(G976,G973);
and gate_1153(G977,G940,G964,G949,G930,G957);
and gate_1154(G980,G949,G930,G961,G940);
and gate_1155(G981,G957,G949,G930,G967,G940);
buf gate_1156(G397,G1025);
or gate_1157(G1116,G1104,G1111,G1113);
not gate_1158(G1193,G1190);
and gate_1159(G1194,G1158,G1182,G1167,G1148,G1175);
and gate_1160(G1197,G1167,G1148,G1179,G1158);
and gate_1161(G1198,G1175,G1167,G1148,G1184,G1158);
or gate_1162(G982,G937,G978,G979,G980,G981);
and gate_1163(G983,G977,G685);
nand gate_1164(G988,G976,G969);
not gate_1165(G1027,G1025);
or gate_1166(G1199,G1155,G1195,G1196,G1197,G1198);
and gate_1167(G1200,G1194,G1116);
nand gate_1168(G1205,G1193,G1186);
or gate_1169(G984,G982,G983);
and gate_1170(G1085,G690,G1027,G1830);
or gate_1171(G1201,G1199,G1200);
not gate_1172(G987,G984);
and gate_1173(G990,G988,G984);
not gate_1174(G1204,G1201);
and gate_1175(G1207,G1205,G1201);
and gate_1176(G989,G973,G987);
and gate_1177(G1206,G1190,G1204);
or gate_1178(G991,G989,G990);
or gate_1179(G1208,G1206,G1207);
buf gate_1180(G329,G1208);
nand gate_1181(G1221,G1208,G991);
and gate_1182(G1238,G1208,G1221);
and gate_1183(G1239,G1221,G991);
or gate_1184(G1240,G1238,G1239);
not gate_1185(G1247,G1240);
and gate_1186(G471,G1240,G1247);
or gate_1187(G473,G471,G1247);
not gate_1188(G231,G473);
and gate_1189(G1088,G1553,G1087,G473);
and gate_1190(G1089,G1085,G1088,G554);
buf gate_1191(G308,G1089);
not gate_1192(G225,G1089);
endmodule